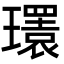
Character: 𤪹